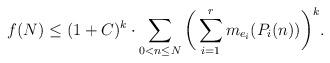
LaTeX: \begin{align*}f(N) \leq (1+C)^k \cdot \sum_{0<n \leq N}\bigg(\sum_{i=1}^r m_{e_i}(P_i(n)) \bigg)^k.\end{align*}